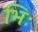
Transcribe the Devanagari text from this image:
भिः